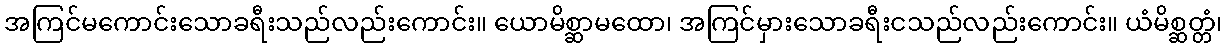
အကြင်မကောင်းသောခရီးသည်လည်းကောင်း။ ယောမိစ္ဆာမထော၊ အကြင်မှားသောခရီးငသည်လည်းကောင်း။ ယံမိစ္ဆတ္တံ၊